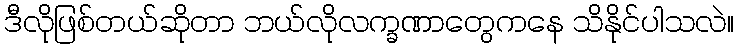
ဒီလိုဖြစ်တယ်ဆိုတာ ဘယ်လိုလက္ခဏာတွေကနေ သိနိုင်ပါသလဲ။